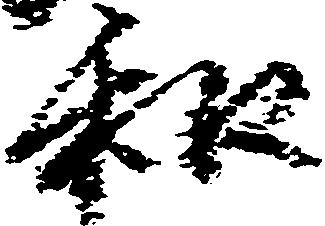
和